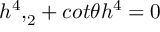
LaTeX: { { h ^ { 4 } } , } _ { 2 } + c o t { \theta } h ^ { 4 } = 0